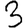
Digit: 3